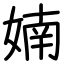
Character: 婻